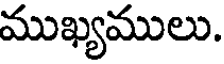
ముఖ్యములు.